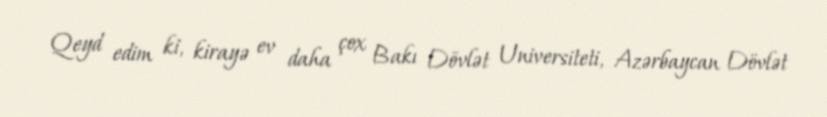
Qeyd edim ki, kirayə ev daha çox Bakı Dövlət Universiteti, Azərbaycan Dövlət